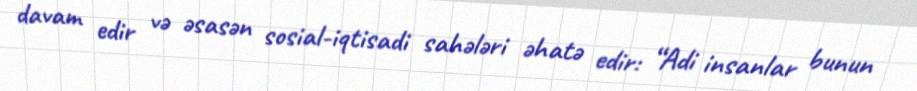
davam edir və əsasən sosial-iqtisadi sahələri əhatə edir: “Adi insanlar bunun